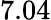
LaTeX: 7.04